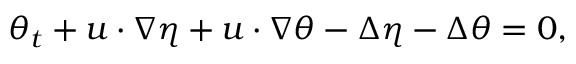
\begin{array} { r } { \theta _ { t } + u \cdot \nabla \eta + u \cdot \nabla \theta - \Delta \eta - \Delta \theta = 0 , } \end{array}